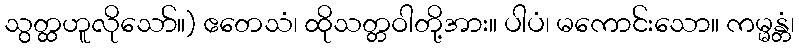
သွတ္ထဟူလိုသော်။) ဧတေသံ၊ ထိုသတ္တဝါတို့အား။ ပါပံ၊ မကောင်းသော။ ကမ္မန္တံ၊